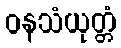
ဝနသံယုတ္တံ